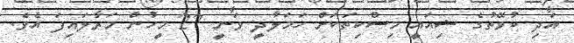
އަދި ކުވޭތުގެ ޝިއައީ މިސްކިތަކަށް ހަމަލާދީ ވަނީ 27 މީހުން މަރާލައިފަ އެވެ.